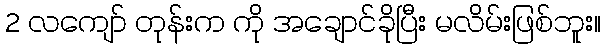
2 လကျော် တုန်းက ကို အချောင်ခိုပြီး မလိမ်းဖြစ်ဘူး။